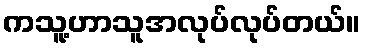
ကသူ့ဟာသူအလုပ်လုပ်တယ်။